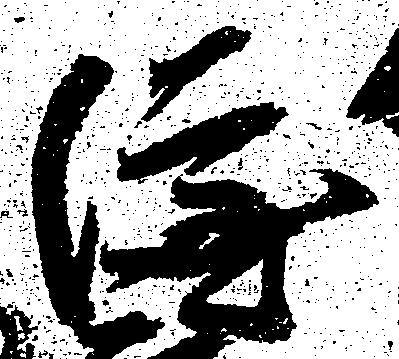
隆